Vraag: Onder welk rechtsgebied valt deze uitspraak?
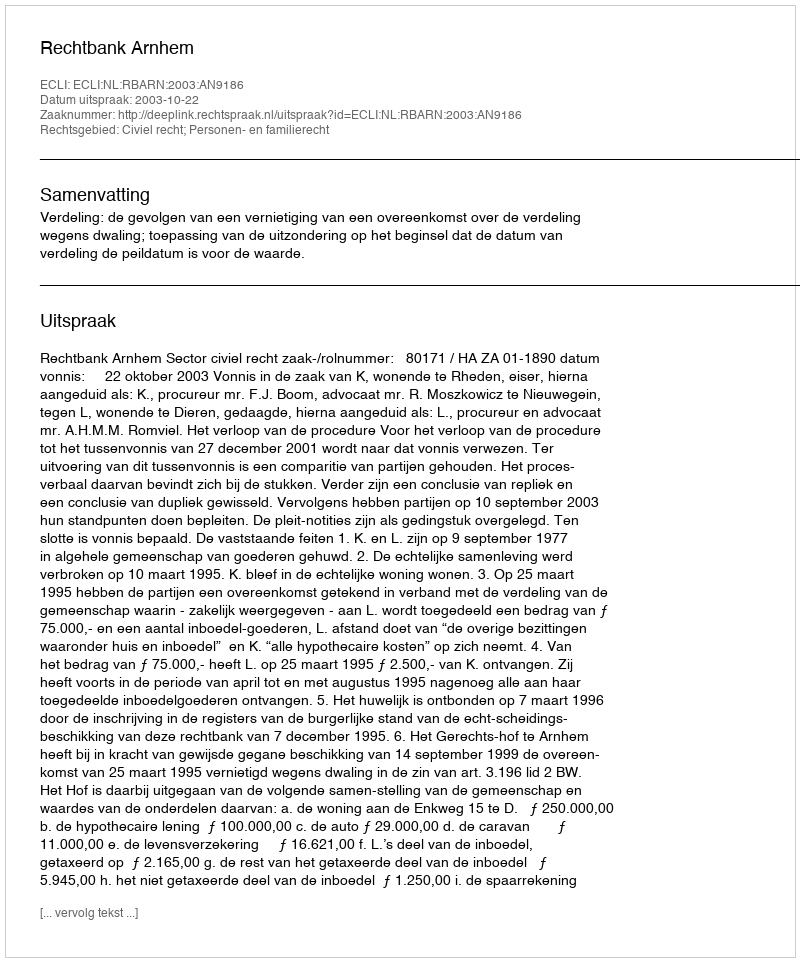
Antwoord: Civiel recht; Personen- en familierecht